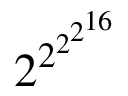
2 ^ { 2 ^ { 2 ^ { 2 ^ { 1 6 } } } }